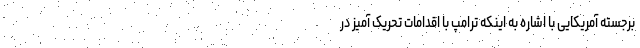
برجسته آمریکایی با اشاره به اینکه ترامپ با اقدامات تحریک آمیز در